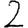
Digit: 2